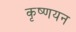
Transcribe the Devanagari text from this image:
कृष्णयन